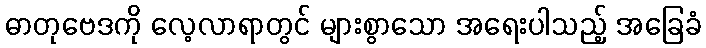
ဓာတုဗေဒကို လေ့လာရာတွင် များစွာသော အရေးပါသည့် အခြေခံ